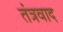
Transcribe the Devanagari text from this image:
तंत्रवाद